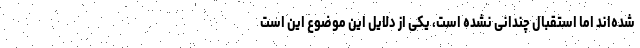
شده‌اند اما استقبال چندانی نشده است، یکی از دلایل این موضوع این است